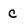
Character: C